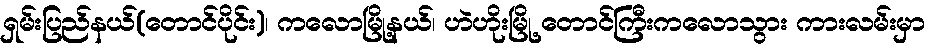
ရှမ်းပြည်နယ်(တောင်ပိုင်း)၊ ကလောမြို့နယ်၊ ဟဲဟိုးမြို့ တောင်ကြီးကလောသွား ကားလမ်းမှာ